Vaccination in the Punjab 1919-1929 - 1919-1929
Year: 1919
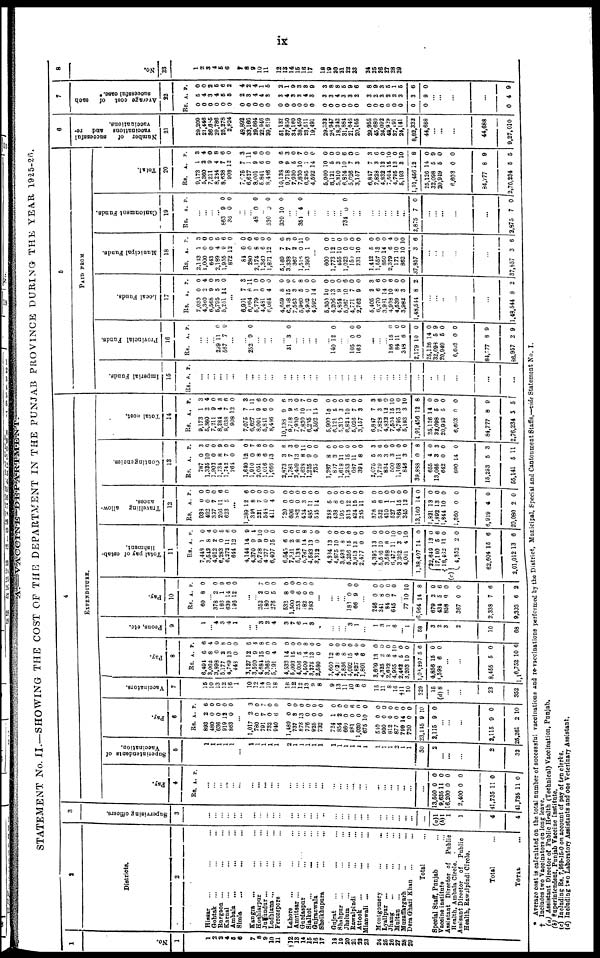
ix
A.—VACCINE
DEPARTMENT.
STATEMENT No. II—SHOWING THE COST OF THE DEPARTMENT IN THE PUNJAB PROVINCE DURING THE YEAR 1925-26.
1
No.
1
1
2
3
4
5
6
7
8
9
10
11
12
13
14
15
16
17
18
19
20
21
22
23
24
25
26
27
28
29
2
Districts.
2
Hissar ... ... ...
Gohtak ... ... ...
Rurgaon ... ... ...
Karnal ... ... ...
Ambala ... ... ...
Simla ... ... ...
Kangra ... ... ...
Hoshiarpur ... ...
Jullundur ... ... ...
Ludhiana ... ... ...
Ferozepore
...
...
Lahore ... ... ...
Amritsar ... ... ...
Gurdaspur ... ...
Sialkot
...
...
...
Gujranwala ... ...
Sheikhupura
...
...
Gujrat ... ... ...
Shahpur ... ... ...
Jhelum ... ... ...
Rawalpindi ... ...
Attock ... ... ...
Mianwali ... ... ...
Montgomery
...
...
Lyallpur ... ... ...
Jhang ... ... ...
Multan ... ... ...
Muzaffargarh ... ...
Dera Ghazi Khan...
...
Total
...
Special Staff, Punjab
...
Vaccine institute
...
Assistant Director of Public
Health. Ambala Circle.
Assisant Director of
Public
Health, Rawalpindi Circle.
Total ...
TOTAL ...
3
Supervising officers.
3
...
...
...
...
...
...
...
...
...
...
...
...
...
...
...
...
...
...
...
...
...
...
...
...
...
...
...
...
...
...
(a)1
(b)1
1
1
4
4
4
EXPENDITURE.
Pay.
4
Rs. A.
P.
...
...
...
...
... ...
...
...
...
...
...
...
...
...
...
... ...
...
...
... ...
...
...
...
... ...
...
...
...
...
13,500
9,936
16,200
2,400
41,735
41,735
0
11
0
0
11
12
0
0
0
0
0
0
Superintendents of
Vaccination.
5
1
1
1
1
1
...
1
1
1
1
1
2
1
1
1
1
1
1
1
1
1
1
1
1
1
1
2
1
1
30
2
...
...
...
2
32
Pay.
6
Rs.
893
480
636
9l9
863
A.
2
0
0
12
0
P.
6
0
0
0
0
...
1,017
780
791
732
940
1,480
737
878
776
925
732
724
854
680
981
1,020
675
510
900
812
877
799
720
23,116
2,115
2
0
7
0
6
0
3
13
0
0
0
1
2
0
0
0
10
0
0
0
0
14
0
9
9
3
0
7 0
0
0
0
0
0
0
0
0
0
0
6
0
0
0
0
0
0
0
0
10
0
...
...
...
2,115
25,281
9
2
0
10
Vaccinators.
7
15
10
13
32
16
1
10
12
14
10
18
16
12
12
23
9
8
9
13
11
10
8
6
10
11
8
16
†11
10
329
15
(d)8
...
23
352
Pay.
8
Rs.
6,494
1 3,002
3,893
5,177
4,769
448
3,127
3,590
4,684
3,365
5,191
4,532
5,093
4,006
4,509
3,275
2,580
3,660
4,621
2,836
4,092
2,827
1,801
3,609
4,325
2,692
4,955
2,462
3,203
1,03,897
4,856
3,593
A.
6
8
0
2
13
0
12
9
15
0
4
14
15
5
14
13
0
2
8
6
15
4
6
13
2
8
4
5
10
5
15
6
P.
6
4
0
8
0
0
6
4
8
0
0
0
0
0
8
0
0
0
0
0
0
0
0
0
0
0
10
0
0
6
0
0
...
...
8,455
1,16,752
5
10
0
6
Peons, etc.
9
1
... 4
3
4
1
...
...
3 2
4
3
7
6
1
3
...
...
...
... 3
1
...
1
3
1
6
... 1
58
3
2
3
2
10
68
Pay.
10
Rs.
60
A.
8
P.
0
... 378
186
639
196
2
1
14
12
0
9
6
0
...
... 252
180
276
532
1,500
253
482
383
2
0
5
8
0
6
0
0
7 0
0
0
0
0
0
0
...
...
...
... 183
66
0
9
0
0
...
246
341
84
645
0
8
0
7
0
0
0
0
... 77
6,964
679
434
858
367
2,338
9,303
10
14
2
5
0
0
7
6
10
8
0
6
0
0
8
2
Total pay of estab¬
lishment.
11
Rs.
7,448
3,541
4,912
6,283
6,272
644
4,144
4,370
5,728
4,277
6,407
6,545
7,381
5,138
5,787
4,583
3,312
4,384
4,875
3,493
5,256
3,913
2,477
4,395
5,566
3,588
6,477
3,262
4,001
1,38,407
(c)
22,649
17,110
18,462
4,352
62,604
2,01,012
A
1
8
2
0
11
12
14
9
9
0
16
6
2
8
14
13
0
13
10
8
15
13
0
13
10
8
11
3
4
14
13
5
11
2
15
13
P.
0
4
0
5
6
0
9
4
10
0
0
0
0
0
8
0
0
0
0
0
6
0
0
0
0
0
10
0
10
0
0
8
0
0
6
8
Travelling
allow-
ances.
12
Rs.
938
402
307
266
623
A.
0
0
7
11
5
P.
0
0
0
6
0
...
1,289
346
221
548
411
720
606
382
424
485
545
248
438
195
313
424
285
376
532
410
527
364
345
13,160
1,821
1,892
1,944
1,360
6,919
20,080
12
8
7
0
4
0
0
0
3
11
14
5
8
0
12
15
11
5
6
1
1
15
12
14
13
13
10
0
4
2
6
0
0
0
0
0
0
0
0
0
0
0
0
0
0
0
0
0
0
0
0
0
0
0
0
0
0
0
0
0
Contingencies.
13
Rs.
787
1,325
1,903
1,734
1,742
264
1,640
1,910
2,051
1,016
1,666
2,873
1,781
2,409
1,838
1,225
735
1,267
807
1,618
1,253
637
394
2,075
1,729
834
500
1,168
846
39,888
655
13,085
642
890
15,253
55,141
A.
0
10
0
8
7
0
12
0
8
6
13
3
7
13
8
9
0
8
3
11
15
11
8
5
3
3
3
11
3
0
4
3
0
14
5
5
P.
3
0
0
9
0
0
0
7
8
0
0
6
3
0
11
0
0
0
0
0
0
0
0
3
6
0
0
0
0
8
0
3
0
0
3
11
Total cost.
14
Rs.
9,173
5,360
7,211
8,284
8,638
908
7,075
6,627
8,001
5,811
8,486
10,133
9,718
7,930
7,830
6,295
4,592
5,900
6,121
5,310
6,824
5,026
3,157
6,847
7,828
4,832
7,504
4,795
5,193
1,91,456
25,126
32,098
20,949
6,603
84,777
2,76,234
A.
1
2
9
4
7
12
7
1
9
6
0
9
9
5
10
1
11
10
5
3
10
7
3
7
3
12
15
13
3
12
14
5
5
0
8
5
P.
3
4
0
8
6
0
3
11
6
0
0
6
3
0
7
0
0
0
0
0
6
0
0
3
6
0
10
0
10
8
0
9
0
0
9
5
5
PAID FROM
Imperial Funds.
15
Rs. A. P.
...
... ...
...
... ...
...
...
...
...
...
...
...
...
...
...
...
...
...
...
...
...
...
...
...
...
...
...
...
...
...
...
...
...
...
...
Provincial Funds.
16
Rs. A. P.
...
...
... 299
567
11
5 0 0
...
...
252 9 0
...
...
...
...
31 3 0
...
...
...
...
...
140 12 0
...
... 105
163
0
0
0
0
...
...
... 186
84
348
2,179
25,126
32,093
20,940
6,603
84,777
86,957
15
11
6
10
14
5
5
0
8
2
0
0
0
0
0
9
0
0
9
9
Local Funds.
17
Rs.
7,030
4,360
6,568
6,795
5,251
A.
0
2 9
5
14
P.
0
4
0
3
0
...
6,931
6,094
5,779
4,481
6,084
4,659
6,318
7,563
5,960
4,902
4,592
5,300
4,206
4,954
5,067
4,771
2,762
5,405
6,270
3,931
4,938
4,539
3,982
1,48,544
7
8
1
0
4
8
15
3
5
0
14
10
13
9
10
7
9
2
6
14
10
8
3
8
3
11
0
0
0
0
0
0
8
0
0
0
0
0
6
0
0
3
6
0
6
0
0
2
...
...
...
...
...
1,48,544 8 2
Municipal Funds.
18
Rs.
2,143
1,000
643
2,189
1,955
872
84
280
2,174
1,360
1,871
5,169
3,338
367
1,516
1,393
A.
1
0
0
4
9
12
0
0
8
6
12
7
7
2
0
1
P.
3
0
0
5
6
0
0
0
6
0
0
6
3
0
11
0
...
600
1,773
455
1,023
159
231
1,442
1,557
850
2,379
171
862
37,857
0
12
10
0
0
10
5
13
14
6
10
10
3
0
0
0
0
0
0
0
0
0
4
0
10
6
...
...
...
...
...
37,857 3 6
Cantonment Funds.
19
Rs. A. P.
...
...
...
...
863
36
9
0
0
0
...
...
48 0 0
...
530
309
0
10
0
0
...
...
351 4 0
...
...
...
...
...
734 0 0
... ...
...
...
...
...
...
...
2,875 7 0
...
...
...
...
...
2,875 7 0
Total.
20
Rs.
9,173
5,360
7,211
8,284
8,638
908
7,075
6,627
8,001
5,841
8,486
10,138
9,718
7,930
7,830
6,295
4,592
5,900
6,121
5,310
6,824
5,026
3,157
6,847
7,828
4,832
7,504
4,795
5,193
1,91,456
25,126
32,098
20,949
6,603
84,777
2,76,234
A.
1
2
9
4
7
12
7
1
9
6
0
9
9
5
10
1
14
10
5
3
10
7
3
7
3
12
15
13
3
12
14
5
5
0
8
5
P.
3
4
0
8
6
0
3
11
6
0
0
6
3
0
7
0
0
0
0
0
6
0
0
3
6
0
10
0
10
8
0
9
0
0
9
5
6
Number of
successful
vaccinations
and re¬
vaccinations.
21
29,209
21,446
36,685
29,786
25,278
2,824
49,802
33,166
29,664
22,946
39,619
51,132
37,850
34,160
38,459
23,611
19,491
29,332
26,947
28,242
31,884
21,646
20,166
29,955
45,680
24,092
48,929
87 491
24,141
8,82,333
44,688
... ...
...
44,688
9,27,010
7
Average cost
of
each
successful case. *
22
Rs.
0
0
0
0
0
0
0
0
0
0
0
0
0
0
0
0
0
0
0
0
0
0
0
0
0
0
0
0
0
0
0
A.
5
4
3
4
5
5
2
3
4
4
3
3
4
3
3
4
3
3
3
4
3
3
2
3
2
3
2
2
3
3
9
P.
0
0
2
5
6
2
4
2
4
1
5
2
1
9
3
3
9
3
8
8
5
9
6
8
9
3
5
1
5
6
0
...
...
...
...
0 4 9
8
No.
23
1
2
3
4
5
6
7
8 9
10
11
12
13
14
15
16
17
18
19
20
21
22
23
24
25
26
27
28
29
* Average cost is calculated on the total number of successful vaccinations and re-vaccinations performed by the District, Municipal, Special and Cantonment Staffs.—vide Statement No. I.
† Includes two Vaccinators on long leave.
(a) Assistant Director of Public Health (Technical) Vaccination, Punjab.
(b) Superintendent, Punjab Vaccine institute.
(c) Including Rs. 7,959-15-0 on account of pay of ten clerks.
(d) Including two Laboratory Assistants and one Veterinary Assistant.